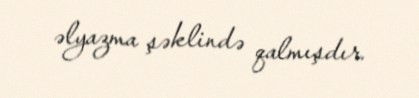
əlyazma şəklində qalmışdır.